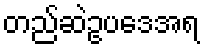
တည်ဆဲဥပဒေအရ